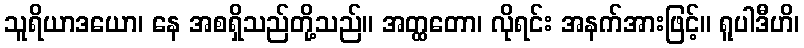
သူရိယာဒယော၊ နေ အစရှိသည်တို့သည်။ အတ္ထတော၊ လိုရင်း အနက်အားဖြင့်။ ရူပါဒီဟိ၊